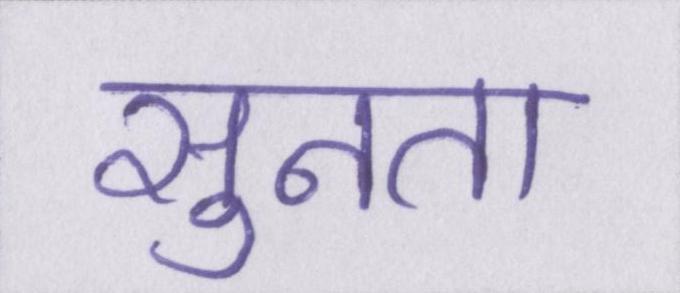
सुनता